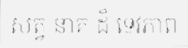
សត្វ នាគ ដ៏ ទេវភាព